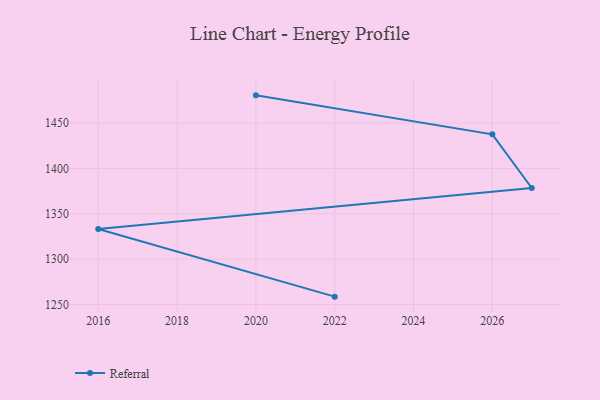
{"axis": {"x": "Year", "y": "Conversion Rate (%)"}, "legend": ["Referral"], "data": [{"x": "2020", "y": 1480.6, "type": "Referral"}, {"x": "2026", "y": 1437.6, "type": "Referral"}, {"x": "2027", "y": 1378.5, "type": "Referral"}, {"x": "2016", "y": 1333.3, "type": "Referral"}, {"x": "2022", "y": 1258.7, "type": "Referral"}]}